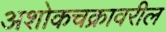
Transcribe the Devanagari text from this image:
अशोकचक्रावरील